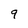
Character: 9